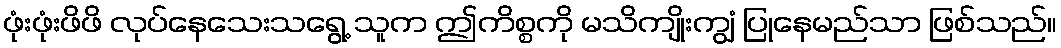
ဖုံးဖုံးဖိဖိ လုပ်နေသေးသရွေ့ သူက ဤကိစ္စကို မသိကျိုးကျွံ ပြုနေမည်သာ ဖြစ်သည်။